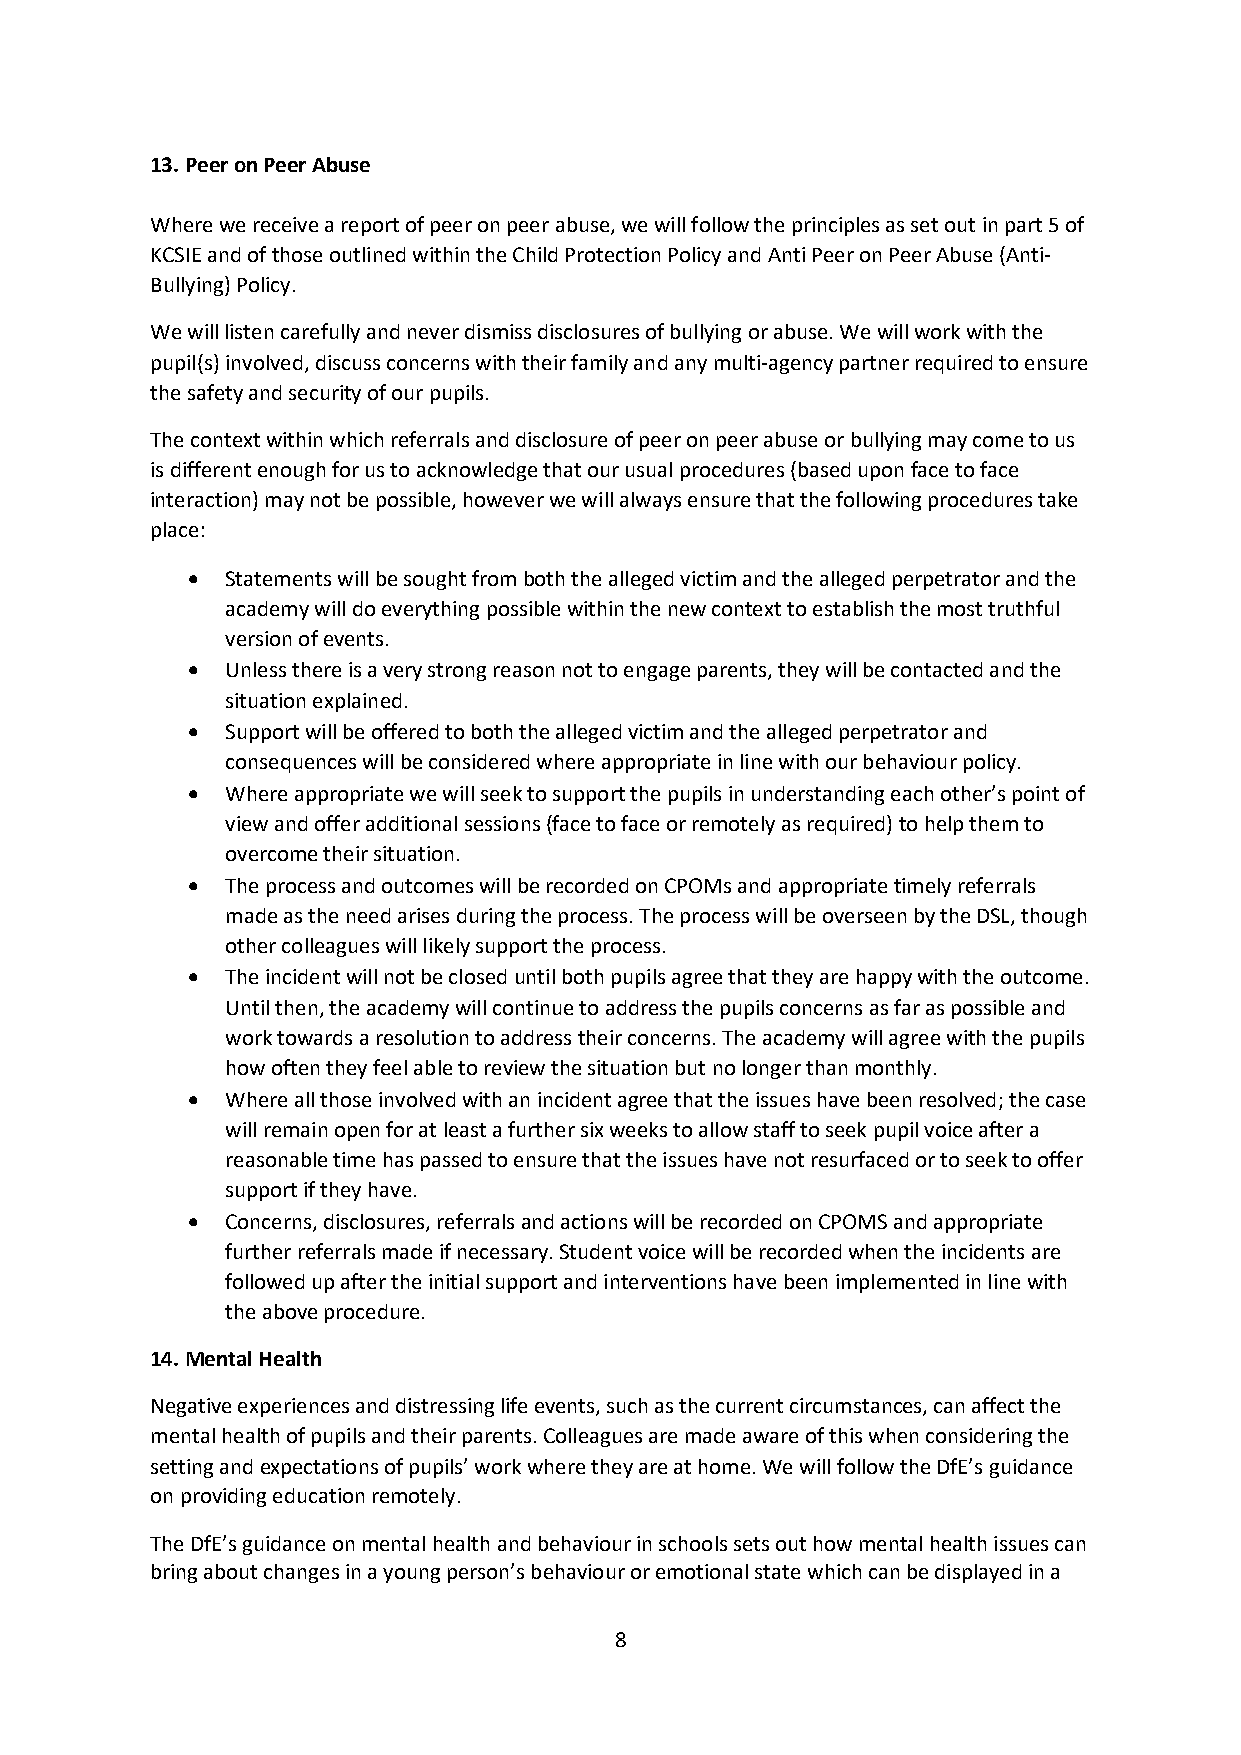
13. Peer on Peer Abuse
 Where we receive a report of peer on peer abuse, we will follow the principles as set out in part 5 of
 KCSIE and of those outlined within the Child Protection Policy and Anti Peer on Peer Abuse (Anti-
 Bullying) Policy.
 We will listen carefully and never dismiss disclosures of bullying or abuse. We will work with the
 pupil(s) involved, discuss concerns with their family and any multi-agency partner required to ensure
 the safety and security of our pupils.
 The context within which referrals and disclosure of peer on peer abuse or bullying may come to us
 is different enough for us to acknowledge that our usual procedures (based upon face to face
 interaction) may not be possible, however we will always ensure that the following procedures take
 place:
   Statements will be sought from both the alleged victim and the alleged perpetrator and the
 academy will do everything possible within the new context to establish the most truthful
 version of events.
   Unless there is a very strong reason not to engage parents, they will be contacted and the
 situation explained.
   Support will be offered to both the alleged victim and the alleged perpetrator and
 consequences will be considered where appropriate in line with our behaviour policy.
   Where appropriate we will seek to support the pupils in understanding each other’s point of
 view and offer additional sessions (face to face or remotely as required) to help them to
 overcome their situation.
   The process and outcomes will be recorded on CPOMs and appropriate timely referrals
 made as the need arises during the process. The process will be overseen by the DSL, though
 other colleagues will likely support the process.
   The incident will not be closed until both pupils agree that they are happy with the outcome.
 Until then, the academy will continue to address the pupils concerns as far as possible and
 work towards a resolution to address their concerns. The academy will agree with the pupils
 how often they feel able to review the situation but no longer than monthly.
   Where all those involved with an incident agree that the issues have been resolved; the case
 will remain open for at least a further six weeks to allow staff to seek pupil voice after a
 reasonable time has passed to ensure that the issues have not resurfaced or to seek to offer
 support if they have.
   Concerns, disclosures, referrals and actions will be recorded on CPOMS and appropriate
 further referrals made if necessary. Student voice will be recorded when the incidents are
 followed up after the initial support and interventions have been implemented in line with
 the above procedure.
 14. Mental Health
 Negative experiences and distressing life events, such as the current circumstances, can affect the
 mental health of pupils and their parents. Colleagues are made aware of this when considering the
 setting and expectations of pupils’ work where they are at home. We will follow the DfE’s guidance
 on providing education remotely.
 The DfE’s guidance on mental health and behaviour in schools sets out how mental health issues can
 bring about changes in a young person’s behaviour or emotional state which can be displayed in a
 8